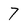
Character: 7